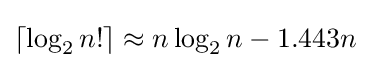
\lceil \log _{2}n!\rceil \approx n\log _{2}n-1.443n